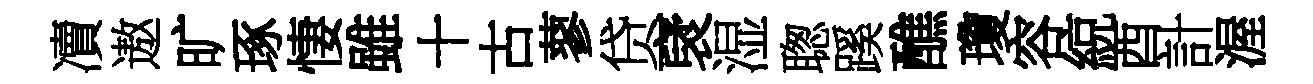
凟遨旷琢悽雖十古蓼贷裦湿聦蹊醮瓊容綂酉計渥